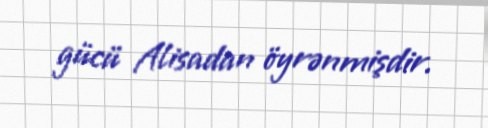
gücü Alisadan öyrənmişdir.